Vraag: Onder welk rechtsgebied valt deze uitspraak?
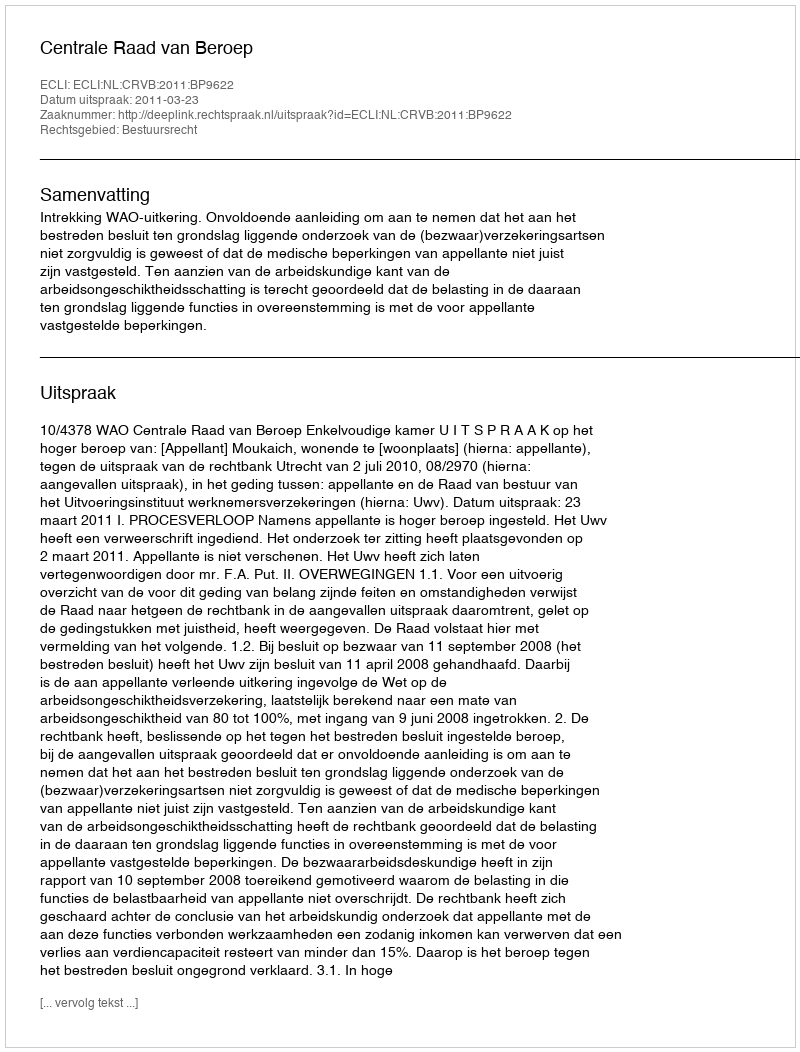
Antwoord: Bestuursrecht